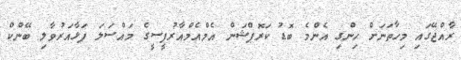
ރާއްޖޭގައި މިހާތަނަށް ހިންގި އެންމެ ބޮޑު ކަރޮޕްޝަން އެމްއެމްއާރުޕީސީގެ މައްސަލަ ފަޅާއަރުވާލި ބޭންކް